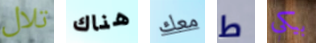
تلال هناك معك ط بيكي